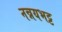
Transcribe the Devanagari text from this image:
नन्नयभट्ट